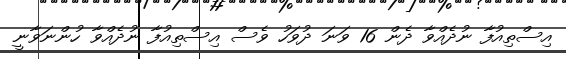
އިސްތިއުފާ ނުދެއްވާ ދެން 16 ވަނަ ދުވަހު ވެސް އިސްތިއުފާ ނުދެއްވާ ހުންނަވާނީ